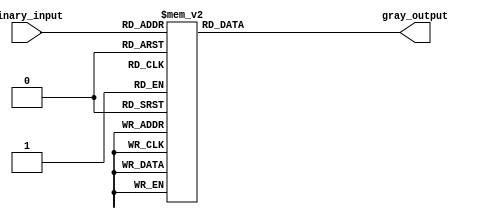
module gray_priority_encoder (
    input [2:0] binary_input,
    output reg [1:0] gray_output
);

always @(*) begin
    case(binary_input)
        3'b000: gray_output = 2'b00;
        3'b001: gray_output = 2'b01;
        3'b010: gray_output = 2'b10;
        3'b011: gray_output = 2'b10;
        3'b100: gray_output = 2'b11;
        3'b101: gray_output = 2'b11;
        3'b110: gray_output = 2'b11;
        3'b111: gray_output = 2'b11;
        default: gray_output = 2'b00;
    endcase
end

endmodule